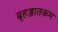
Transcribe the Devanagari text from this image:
बृहज्जातकम